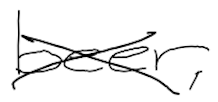
Text: beer,
Cross-out: cross
Writing tool: digital_black